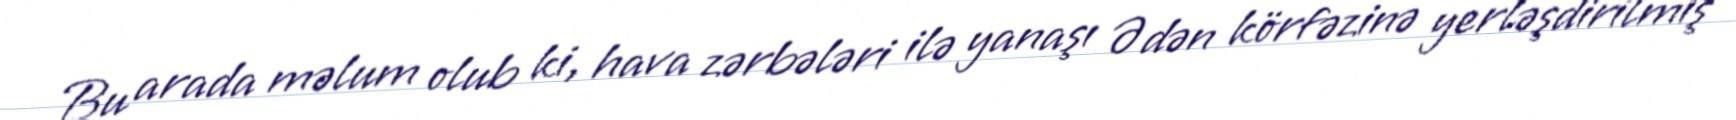
Bu arada məlum olub ki, hava zərbələri ilə yanaşı Ədən körfəzinə yerləşdirilmiş